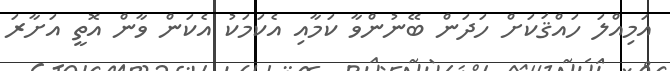
އަމިއްލަ ހައްޤަކަށް ހަދަން ބޭނުންވާ ކަމާއި އެކަމަކު އެކަން ވާން އޮތީ އަށާރަ